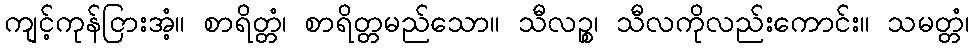
ကျင့်ကုန်ငြားအံ့။ စာရိတ္တံ၊ စာရိတ္တမည်သော။ သီလဉ္စ၊ သီလကိုလည်းကောင်း။ သမတ္တံ၊